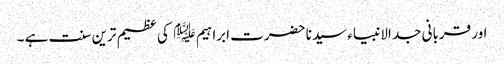
اور قربانی جد الانبیاء سیدنا حضرت ابراہیم ﷤ کی عظیم ترین سنت ہے ۔